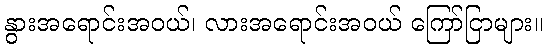
နွားအရောင်းအဝယ်၊ လားအရောင်းအဝယ် ကြော်ငြာများ။